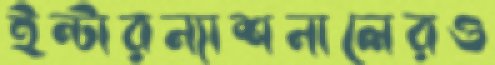
ইন্টারন্যাশনালেরও